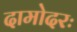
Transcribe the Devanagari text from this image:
दामोदरः